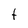
Character: t